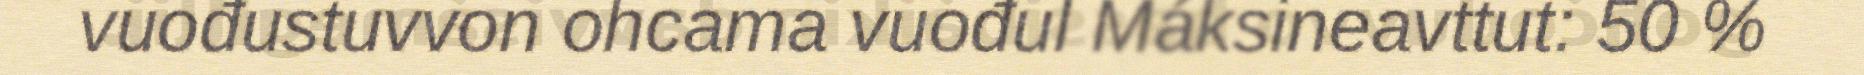
vuođustuvvon ohcama vuođul Máksineavttut: 50 %